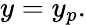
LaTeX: y=y_{p}.